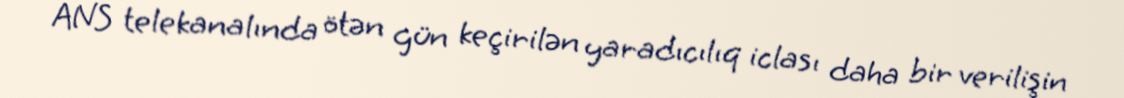
ANS telekanalında ötən gün keçirilən yaradıcılıq iclası daha bir verilişin